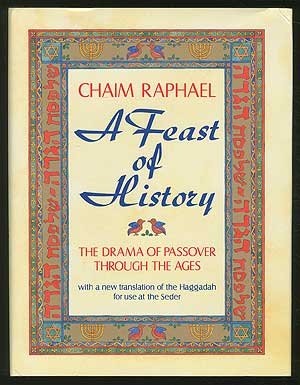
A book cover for A Feast of History: The Drama of Passover Through the Ages : With a New Translation of the Haggadah for Use at the Seder; Chaim Raphael; Religion & Spirituality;